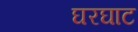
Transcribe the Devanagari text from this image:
घरघाट